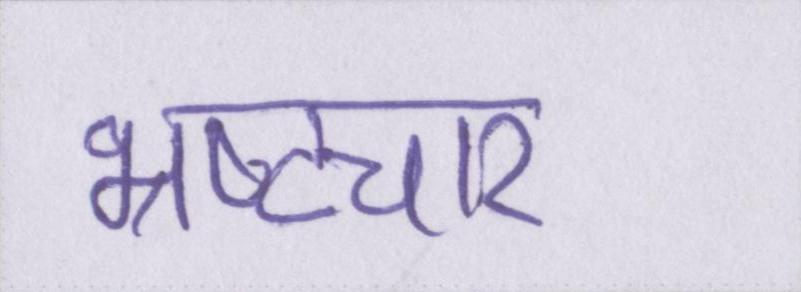
भ्रष्टचार